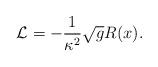
LaTeX: \begin{align*}{\cal L}=-\frac{1}{\kappa ^{2}}\sqrt{g}R(x). \end{align*}